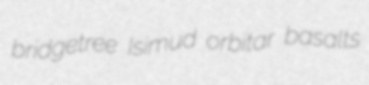
bridgetree Isimud orbitar basalts